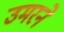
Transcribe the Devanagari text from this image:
उमरने